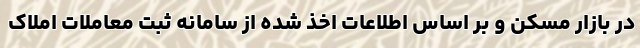
در بازار مسکن و بر اساس اطلاعات اخذ شده از سامانه ثبت معاملات املاک